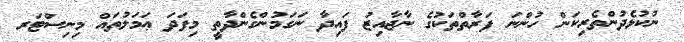
ނުކުޅެދުންތެރިކަން ހުންނަ ފަރާތްތަކުގެ ނާޖާއިޒު ފައިދާ ނަގަމުންގެންދާތީ މިފަދަ ޢަމަލުތައް މިނިސްޓަރ